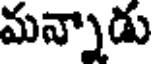
మన్నాడు